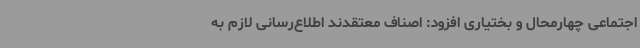
اجتماعی چهارمحال و بختیاری افزود: اصناف معتقدند اطلاع‌رسانی لازم به